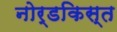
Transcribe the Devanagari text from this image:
नोर्डकिस्त